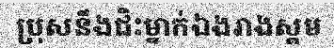
ប្រុសនឹងជិះម្នាក់ឯងរាងស្គម